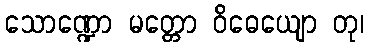
သောဏ္ဍော မတ္တော ဝိဓေယျော တု၊